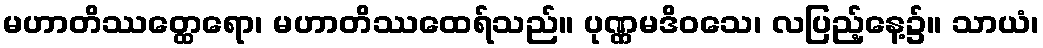
မဟာတိဿတ္ထေရော၊ မဟာတိဿထေရ်သည်။ ပုဏ္ဏမဒိဝသေ၊ လပြည့်နေ့၌။ သာယံ၊